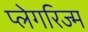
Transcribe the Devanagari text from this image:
प्लेगरिज्म